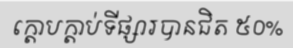
ក្តោបក្តាប់ទីផ្សារបានជិត ៥០%